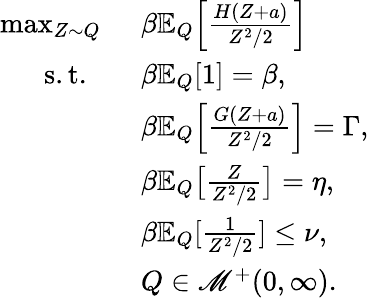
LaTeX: \begin{array}{rl}{\operatorname*{max}_{Z\sim Q}\ }&{\beta\mathbb{E}_{Q}\Big[\frac{H(Z+a)}{Z^{2}/2}\Big]}\\ {\mathrm{~s.t.~}\ \ }&{\beta\mathbb{E}_{Q}[1]=\beta,}\\ &{\beta\mathbb{E}_{Q}\Big[\frac{G(Z+a)}{Z^{2}/2}\Big]=\Gamma,}\\ &{\beta\mathbb{E}_{Q}\big[\frac{Z}{Z^{2}/2}\big]=\eta,}\\ &{\beta\mathbb{E}_{Q}[\frac{1}{Z^{2}/2}]\leq\nu,}\\ &{Q\in\mathscr{M}^{+}(0,\infty).}\end{array}